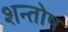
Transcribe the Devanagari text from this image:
शन्तोष